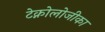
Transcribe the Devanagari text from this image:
टेक्नोलोजीका